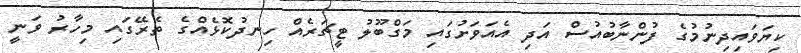
ކިޔަވައިދިނުމުގެ ފުންނާބުއުސް އަދި އެއަވަށުގައި މަގްބޫލު ޓީޗަރެއް ހިނދުކޮޅެއްގެ ތެރޭގައި މިހާރު ވަނީ